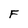
Character: F